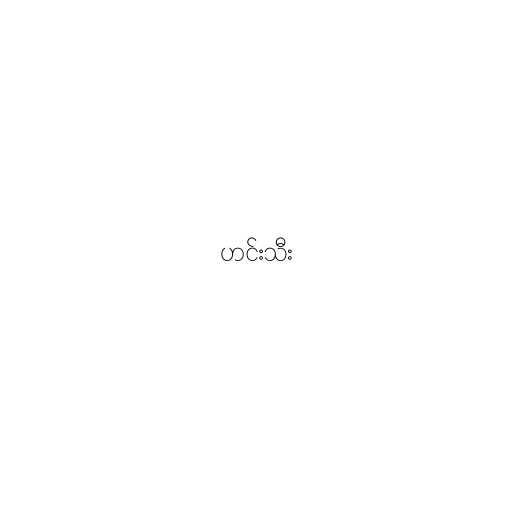
ဟင်းသီး